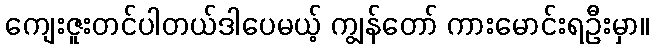
ကျေးဇူးတင်ပါတယ်ဒါပေမယ့် ကျွန်တော် ကားမောင်းရဦးမှာ။